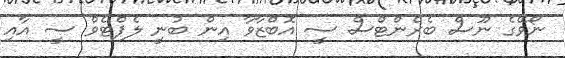
ނޯވޭގެ ނޫސް ބެރެންޓްސް ސީ އޮބްޒާވާ އިން ބުނީ ލެޕްޓެވް ސީ އާއި